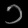
Digit: ၁